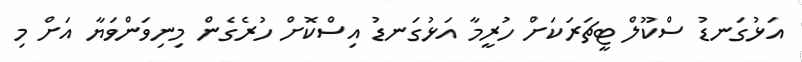
އަޅުގަނޑު ސްކޫލް ޓީޗަރަކަށް ހުރީމާ އަޅުގަނޑު އިސްކޮށް ހުރެގެން މިނިވަންވަޔާ އަށް މި